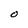
Character: O